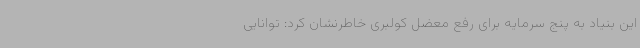
این بنیاد به پنج سرمایه برای رفع معضل کولبری خاطرنشان کرد: توانایی